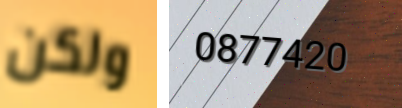
ولكن 0877420